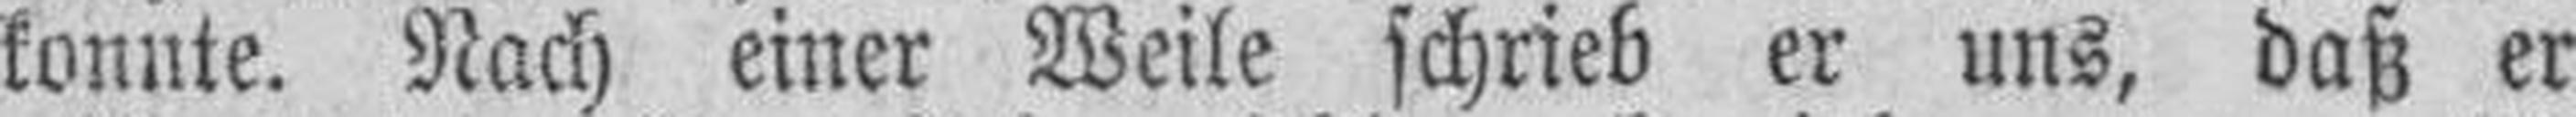
konnte. Nach einer Weile schrieb er uns, daß er